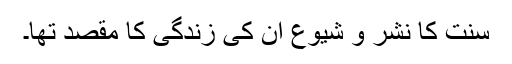
سنت کا نشر و شیوع ان کی زندگی کا مقصد تھا۔